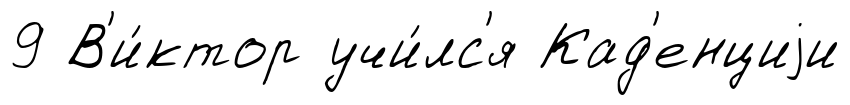
9 В'и́ктор учи́лс'я Кад'енциjи